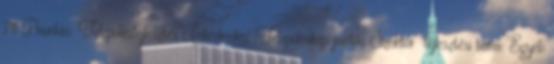
711 Prioritás: Településfejlesztés Intézkedés: Településkép javítás Szektor fejlesztési téma: Egyéb